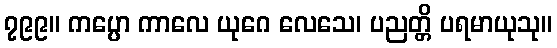
၇၉၉။ ကပ္ပော ကာလေ ယုဂေ လေသေ၊ ပညတ္တိ ပရမာယုသု။